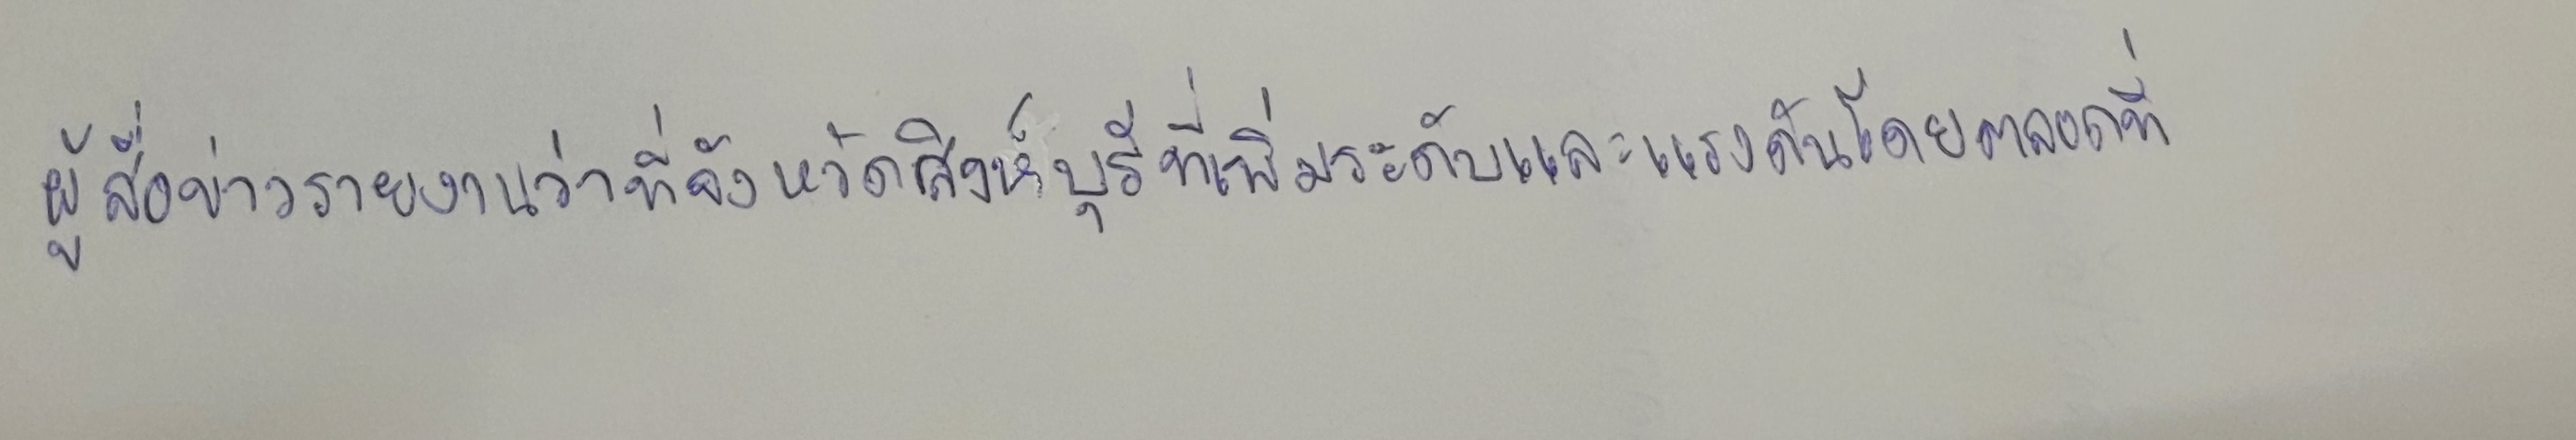
ผู้สื่อข่าวรายงานว่าที่จังหวัดสิงห์บุรีที่เพิ่มระดับและแรงดันโดยตลอดที่